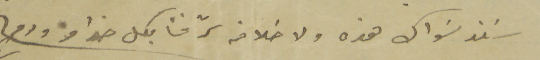
سَند سَواك هذه ولا خلافه سرّ نحنا بكل هذا ودمتم